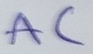
Text: AC